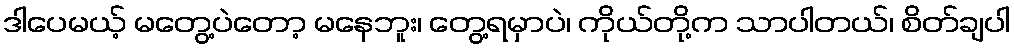
ဒါပေမယ့် မတွေ့ပဲတော့ မနေဘူး၊ တွေ့ရမှာပဲ၊ ကိုယ်တို့က သာပါတယ်၊ စိတ်ချပါ